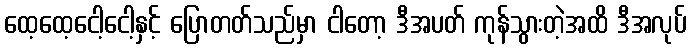
ထေ့ထေ့ငေါ့ငေါ့နှင့် ပြောတတ်သည်မှာ ငါတော့ ဒီအပတ် ကုန်သွားတဲ့အထိ ဒီအလုပ်